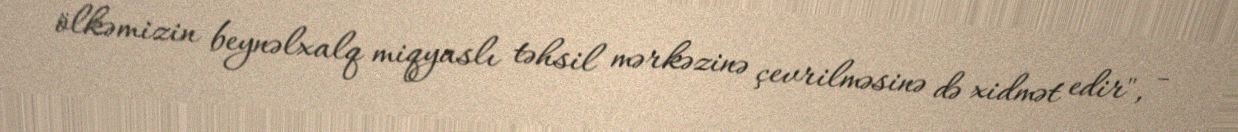
ölkəmizin beynəlxalq miqyaslı təhsil mərkəzinə çevrilməsinə də xidmət edir", -